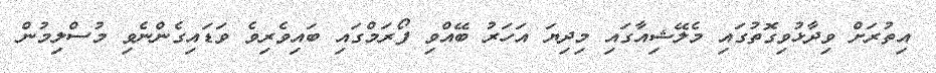
އިތުރަށް ވިދާޅުވިގޮތުގައި މެލޭޝިއާގައި މިދިޔަ އަހަރު ބޭއްވި ފޯރަމްގައި ބައިވެރިވެ ވަޑައިގެންނެވި މުސްލިމުން